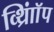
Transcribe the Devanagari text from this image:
व्थ्राॉिंप